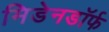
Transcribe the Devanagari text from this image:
मिडेनडॉर्फ